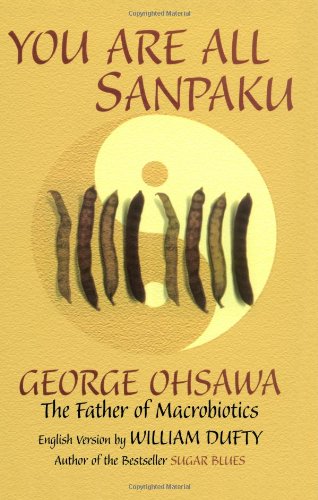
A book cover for You Are All Sanpaku; Sakurazawa Nyoiti; Health, Fitness & Dieting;